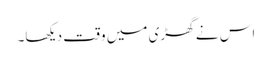
اس نے گھڑی میں وقت دیکھا۔